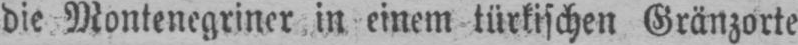
die Montenegriner in einem türkischen Gränzorte